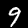
Label: 9